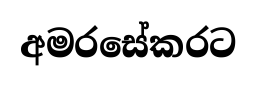
අමරසේකරට